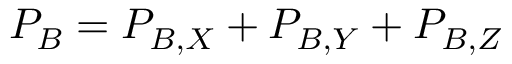
P _ { B } = P _ { B , X } + P _ { B , Y } + P _ { B , Z }